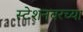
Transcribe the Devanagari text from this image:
स्टेशनवरच्या